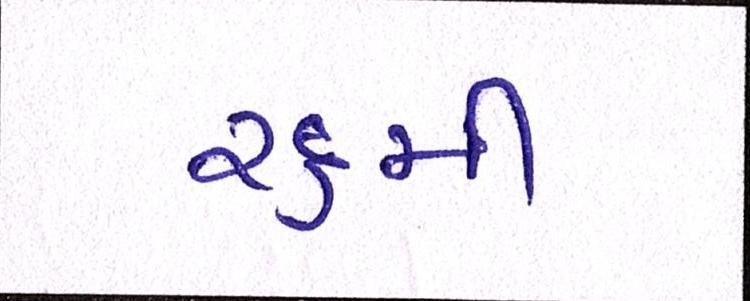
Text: ૨૬મી